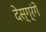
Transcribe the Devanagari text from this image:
देस्ग्रंगे